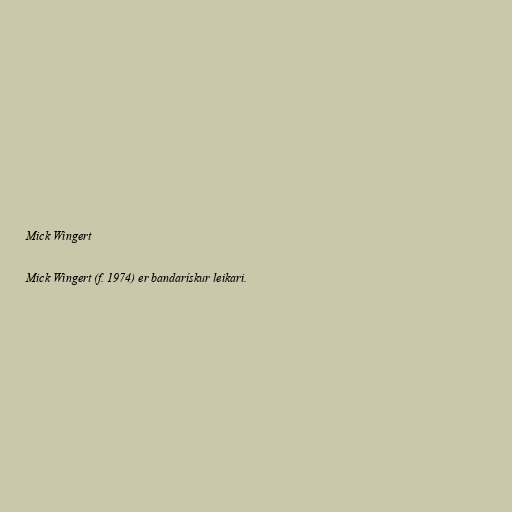
Mick Wingert

Mick Wingert (f. 1974) er bandarískur leikari.